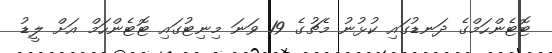
ޓޮޓެންހަމްގެ ދަނޑުގައި ކުޅުނު މެޗުގެ 19 ވަނަ މިނިޓުގައި ޓޮޓެންހަމް އަށް ލީޑު